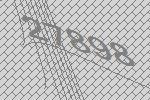
27898